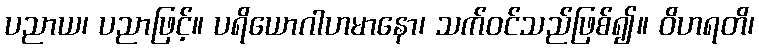
ပညာယ၊ ပညာဖြင့်။ ပရိယောဂါဟမာနော၊ သက်ဝင်သည်ဖြစ်၍။ ဝိဟရတိ၊